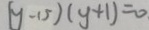
( y - 1 5 ) ( y + 1 ) = 0